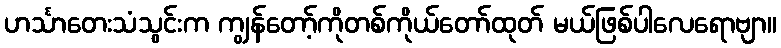
ဟင်္သာတေးသံသွင်းက ကျွန်တော့်ကိုတစ်ကိုယ်တော်ထုတ် မယ်ဖြစ်ပါလေရောဗျာ။